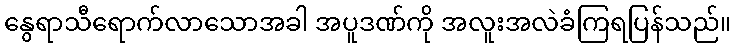
နွေရာသီရောက်လာသောအခါ အပူဒဏ်ကို အလူးအလဲခံကြရပြန်သည်။